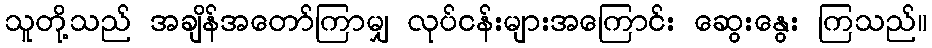
သူတို့သည် အချိန်အတော်ကြာမျှ လုပ်ငန်းများအကြောင်း ဆွေးနွေး ကြသည်။